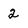
Character: 2